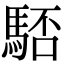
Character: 𩣚